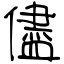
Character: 儘